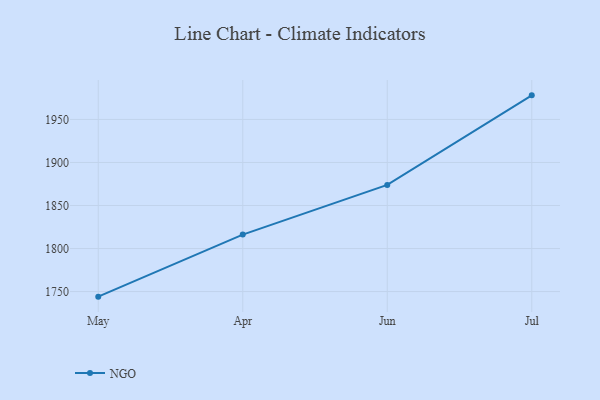
{"axis": {"x": "Month", "y": "Churn Rate (%)"}, "legend": ["NGO"], "data": [{"x": "May", "y": 1744.1, "type": "NGO"}, {"x": "Apr", "y": 1816.2, "type": "NGO"}, {"x": "Jun", "y": 1873.9, "type": "NGO"}, {"x": "Jul", "y": 1978.0, "type": "NGO"}]}